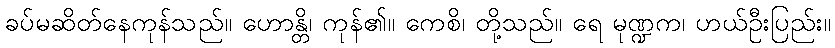
ခပ်မဆိတ်နေကုန်သည်။ ဟောန္တိ၊ ကုန်၏။ ကေစိ၊ တို့သည်။ ရေ မုဏ္ဍက၊ ဟယ်ဦးပြည်း။